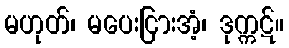
မဟုတ်၊ မပေးငြားအံ့၊ ဒုက္ကဋ်။